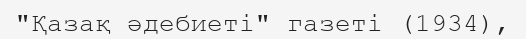
"Қазақ әдебиеті" газеті (1934),